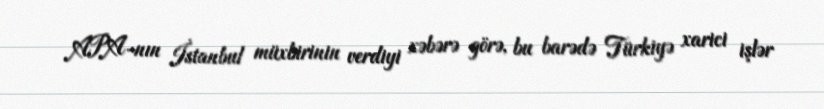
APA-nın İstanbul müxbirinin verdiyi xəbərə görə, bu barədə Türkiyə xarici işlər